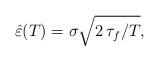
LaTeX: \begin{align*} \hat\varepsilon(T)=\sigma \sqrt{2\,\tau_f/T},\end{align*}